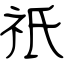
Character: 祇